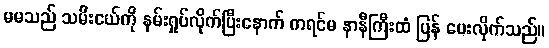
မမသည် သမီးငယ်ကို နမ်းရှုပ်လိုက်ပြီးနောက် ကရင်မ နာနီကြီးထံ ပြန် ပေးလိုက်သည်။